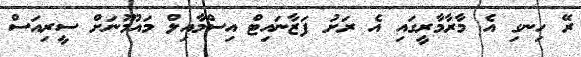
ރޭ ހިނގި އެ މާރާމާރީގައި އެ ރަށު ފަޒާނައިޓް އިސްމާއިލް މައުމޫނަށް ސީރިއަސް